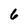
Character: 6